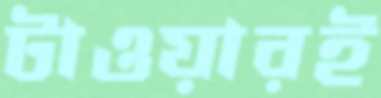
টাওয়ারই